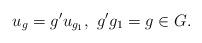
LaTeX: \begin{align*}u_g = g'u_{g_1}, \ g'g_1 = g \in G.\end{align*}